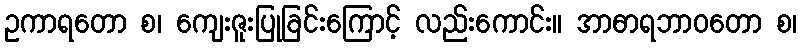
ဥကာရတော စ၊ ကျေးဇူးပြုခြင်းကြောင့် လည်းကောင်း။ အာဓာရဘာဝတော စ၊